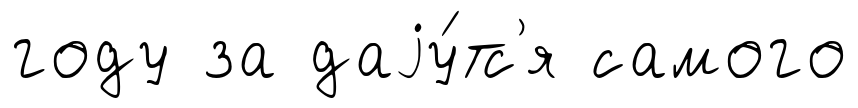
году за даjу́тс'я самого